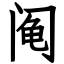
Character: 阄